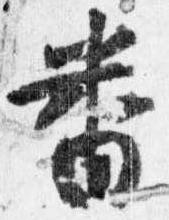
番